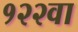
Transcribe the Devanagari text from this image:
१२२वा